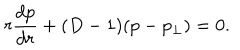
LaTeX: r \frac { d p } { d r } + ( D - 1 ) ( p - p _ { \perp } ) = 0 .